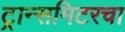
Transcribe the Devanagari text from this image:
ट्रान्समिटरचा